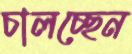
চালচ্ছেন